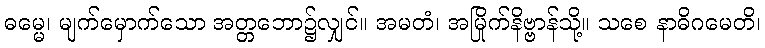
ဓမ္မေ၊ မျက်မှောက်သော အတ္တဘော၌လျှင်။ အမတံ၊ အမြိုက်နိဗ္ဗာန်သို့။ သစေ နာဓိဂမေတိ၊